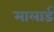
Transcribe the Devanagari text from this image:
मालार्ड